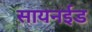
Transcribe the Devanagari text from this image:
सायनईड